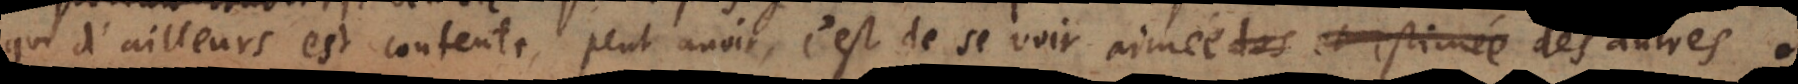
qui d’ailleurs est contente, peut avoir, c’est de se voir aimée des autres.